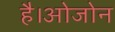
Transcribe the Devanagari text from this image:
है।ओजोन